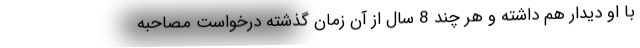
با او دیدار هم داشته و هر چند 8 سال از آن زمان گذشته درخواست مصاحبه